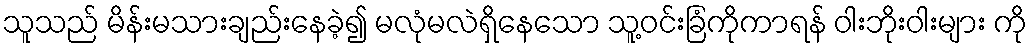
သူသည် မိန်းမသားချည်းနေခဲ့၍ မလုံမလဲရှိနေသော သူ့ဝင်းခြံကိုကာရန် ဝါးဘိုးဝါးများ ကို